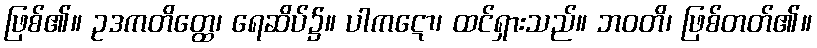
ဖြစ်၏။ ဥဒကတိတ္ထေ၊ ရေဆိပ်၌။ ပါကဋော၊ ထင်ရှားသည်။ ဘဝတိ၊ ဖြစ်တတ်၏။